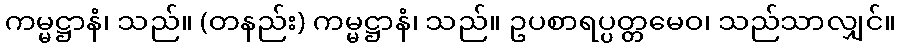
ကမ္မဋ္ဌာနံ၊ သည်။ (တနည်း) ကမ္မဋ္ဌာနံ၊ သည်။ ဥပစာရပ္ပတ္တမေဝ၊ သည်သာလျှင်။